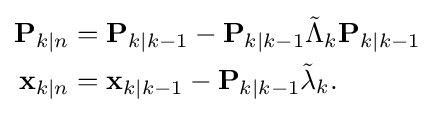
{\begin{aligned}\mathbf {P} _{k\mid n}&=\mathbf {P} _{k\mid k-1}-\mathbf {P} _{k\mid k-1}{\tilde {\Lambda }}_{k}\mathbf {P} _{k\mid k-1}\\\mathbf {x} _{k\mid n}&=\mathbf {x} _{k\mid k-1}-\mathbf {P} _{k\mid k-1}{\tilde {\lambda }}_{k}.\end{aligned}}